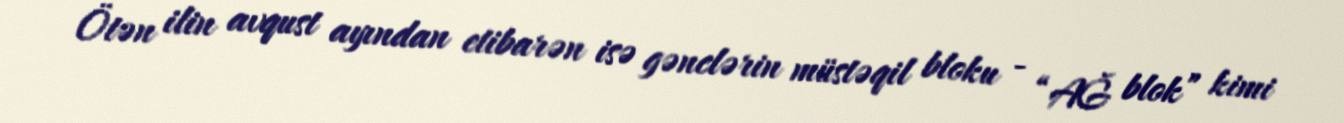
Ötən ilin avqust ayından etibarən isə gənclərin müstəqil bloku - “AĞ blok” kimi